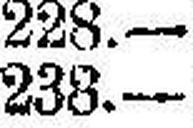
238.—